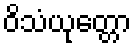
ဝိသံယုတ္တော